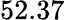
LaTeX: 52.37